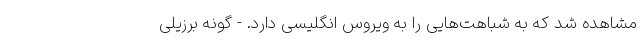
مشاهده شد که به شباهت‌هایی را به ویروس انگلیسی دارد. - گونه برزیلی